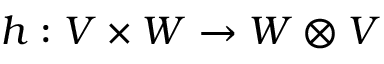
h : V \times W \to W \otimes V